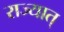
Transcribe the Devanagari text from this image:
राज्यात्